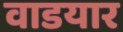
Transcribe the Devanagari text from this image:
वाडयार